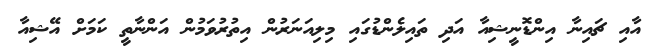
އާއި ޗައިނާ އިންޑޮނީޝިއާ އަދި ތައިލެންޑުގައި މިލިއަނަރުން އިތުރުވަމުން އަންނާތީ ކަމަށް އޭޝިއާ